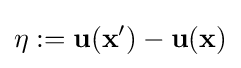
{\bf {\eta }}:={\bf {u}}({\bf {x}}')-{\bf {u}}({\bf {x}})